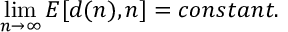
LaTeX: \operatorname * { l i m } _ { n \rightarrow \infty } { \cal E } [ d ( n ) , n ] = c o n s t a n t .